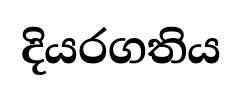
දියරගතිය